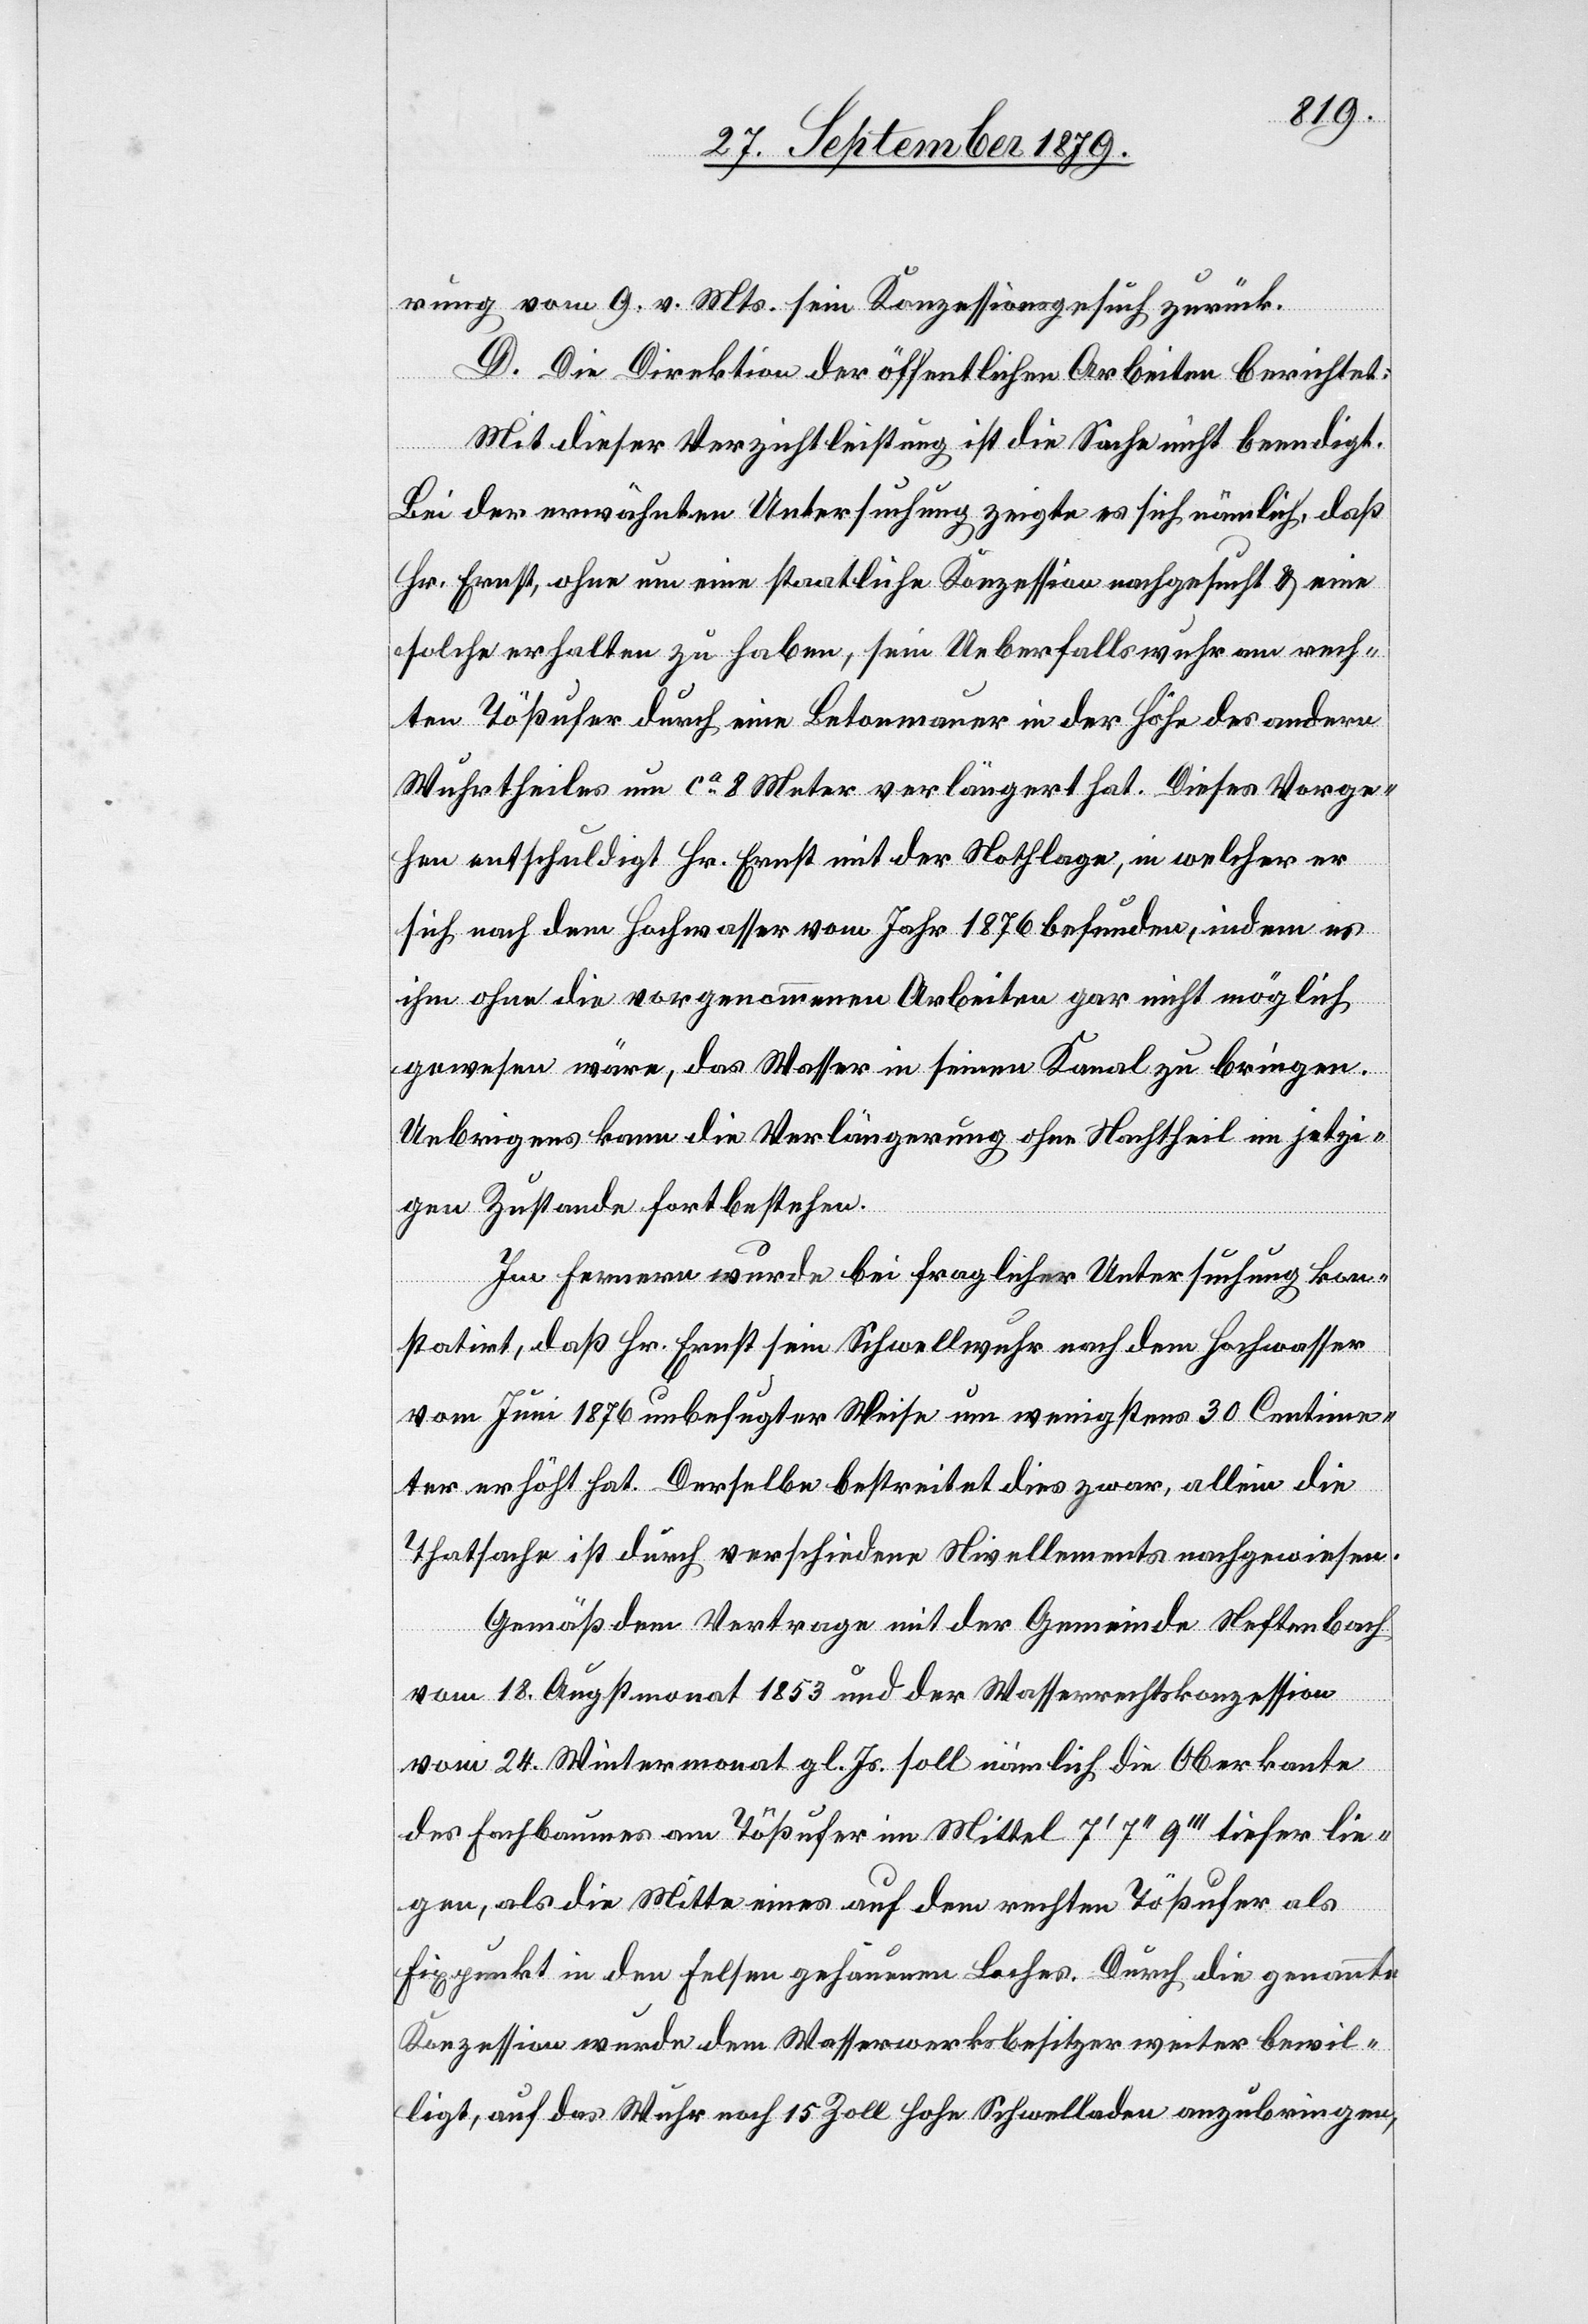
rung vom 9. v. Mts. sein Konzessionsgesuch zurück.
D. Die Direktion der öffentlichen Arbeiten berichtet:
Mit dieser Verzichtleistung ist die Sache nicht beendigt.
Bei der erwähnten Untersuchung zeigte es sich nämlich, daß
Hr. Ernst, ohne um eine staatliche Konzession nachgesucht & eine
solche erhalten zu haben, sein Ueberfallswuhr am rech¬
ten Tößufer durch eine Betonmauer in der Höhe des andern
Wuhrtheiles um ca 2 Meter verlängert hat. Dieses Vorge¬
hen entschuldigt Hr. Ernst mit der Nothlage, in welcher er
sich nach dem Hochwasser vom Jahr 1876 befunden, indem es
ihm ohne die vorgenommenen Arbeiten gar nicht möglich
gewesen wäre, das Wasser in seinen Kanal zu bringen.
Uebrigens kann die Verlängerung ohne Nachtheil im jetzi¬
gen Zustande fortbestehen.
Im Ferneren wurde bei fraglicher Untersuchung kon¬
statirt, daß Hr. Ernst sein Schwellwuhr nach dem Hochwasser
vom Juni 1876 unbefugter Weise um wenigstens 30 Centime¬
ter erhöht hat. Derselbe bestreitet dies zwar, allein die
Thatsache ist durch verschiedene Nivellements nachgewiesen.
Gemäß dem Vertrage mit der Gemeinde Neftenbach
vom 18. Augstmonat 1853 und der Wasserrechtskonzession
vom 24. Wintermonat gl. Js. soll nämlich die Oberkante
des Fachbaumes am Tößufer im Mittel 7’7’’9’’’ tiefer lie¬
gen, als die Mitte eines auf dem rechten Tößufer als
Fixpunkt in den Felsen gehauenen Baches. Durch die genannte
Konzession wurde dem Wasserwerksbesitzer weiter bewil¬
ligt, auf das Wuhr noch 15 Zoll hohe Schwelladen anzubringen,